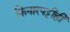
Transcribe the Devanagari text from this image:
किनारपट्टीही